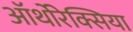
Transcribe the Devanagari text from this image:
ऑर्थोरेक्सिया